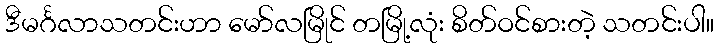
ဒီမင်္ဂလာသတင်းဟာ မော်လမြိုင် တမြို့လုံး စိတ်ဝင်စားတဲ့ သတင်းပါ။